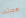
هجرتك